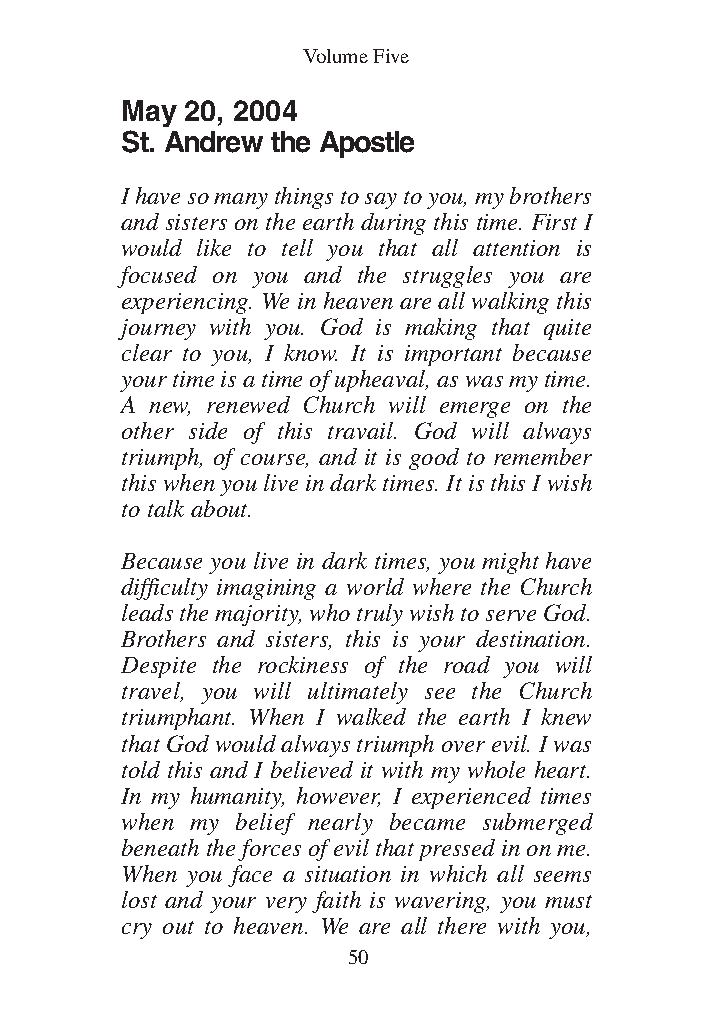
DFOT Vol 5 No App_1 12/3/13 8:54 PM Page 50
 Volume Five
 May 20, 2004
 St. Andrew the Apostle
 I have so many things to say to you, my brothers
 and sisters on the earth during this time. First I
 would like to tell you that all attention is
 focused on you and the struggles you are
 experiencing. We in heaven are all walking this
 journey with you. God is making that quite
 clear to you, I know. It is important because
 your time is a time of upheaval, as was my time.
 A new, renewed Church will emerge on the
 other side of this travail. God will always
 triumph, of course, and it is good to remember
 this when you live in dark times. It is this I wish
 to talk about.
 Because you live in dark times, you might have
 difficulty imagining a world where the Church
 leads the majority, who truly wish to serve God.
 Brothers and sisters, this is your destination.
 Despite the rockiness of the road you will
 travel, you will ultimately see the Church
 triumphant. When I walked the earth I knew
 that God would always triumph over evil. I was
 told this and I believed it with my whole heart.
 In my humanity, however, I experienced times
 when my belief nearly became submerged
 beneath the forces of evil that pressed in on me.
 When you face a situation in which all seems
 lost and your very faith is wavering, you must
 cry out to heaven. We are all there with you,
 50